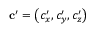
\mathbf { c } ^ { \prime } = \left( c _ { x } ^ { \prime } , c _ { y } ^ { \prime } , c _ { z } ^ { \prime } \right)